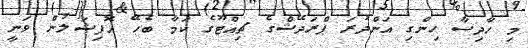
މި ހާދިސާ ހިންގި އަންދުރަ ޕްރަދޭޝްގެ ޗިއްޓޫގެ ކަމާ ބެހޭ އޮފިޝަލުން ވަނީ